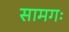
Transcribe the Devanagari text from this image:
सामगः